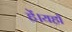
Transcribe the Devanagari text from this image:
हें।यहाँ